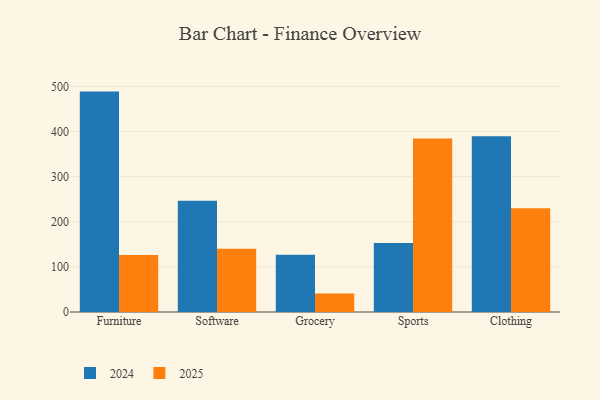
{"axis": {"x": "Category", "y": "Gross Profit (USD K)"}, "legend": ["2024", "2025"], "data": [{"x": "Furniture", "y": 488.4, "type": "2024"}, {"x": "Furniture", "y": 126.1, "type": "2025"}, {"x": "Software", "y": 246.7, "type": "2024"}, {"x": "Software", "y": 140.2, "type": "2025"}, {"x": "Grocery", "y": 127.1, "type": "2024"}, {"x": "Grocery", "y": 40.8, "type": "2025"}, {"x": "Sports", "y": 153.0, "type": "2024"}, {"x": "Sports", "y": 384.7, "type": "2025"}, {"x": "Clothing", "y": 389.2, "type": "2024"}, {"x": "Clothing", "y": 230.1, "type": "2025"}]}